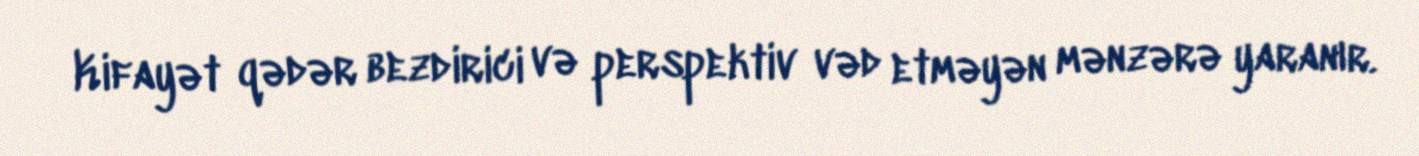
Kifayət qədər bezdirici və perspektiv vəd etməyən mənzərə yaranır.